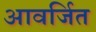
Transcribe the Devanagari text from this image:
आवर्जित